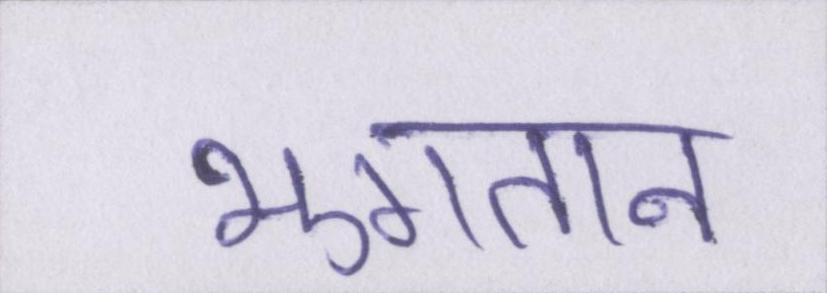
भुगतान